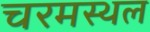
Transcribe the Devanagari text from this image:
चरमस्थल